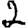
Digit: 2